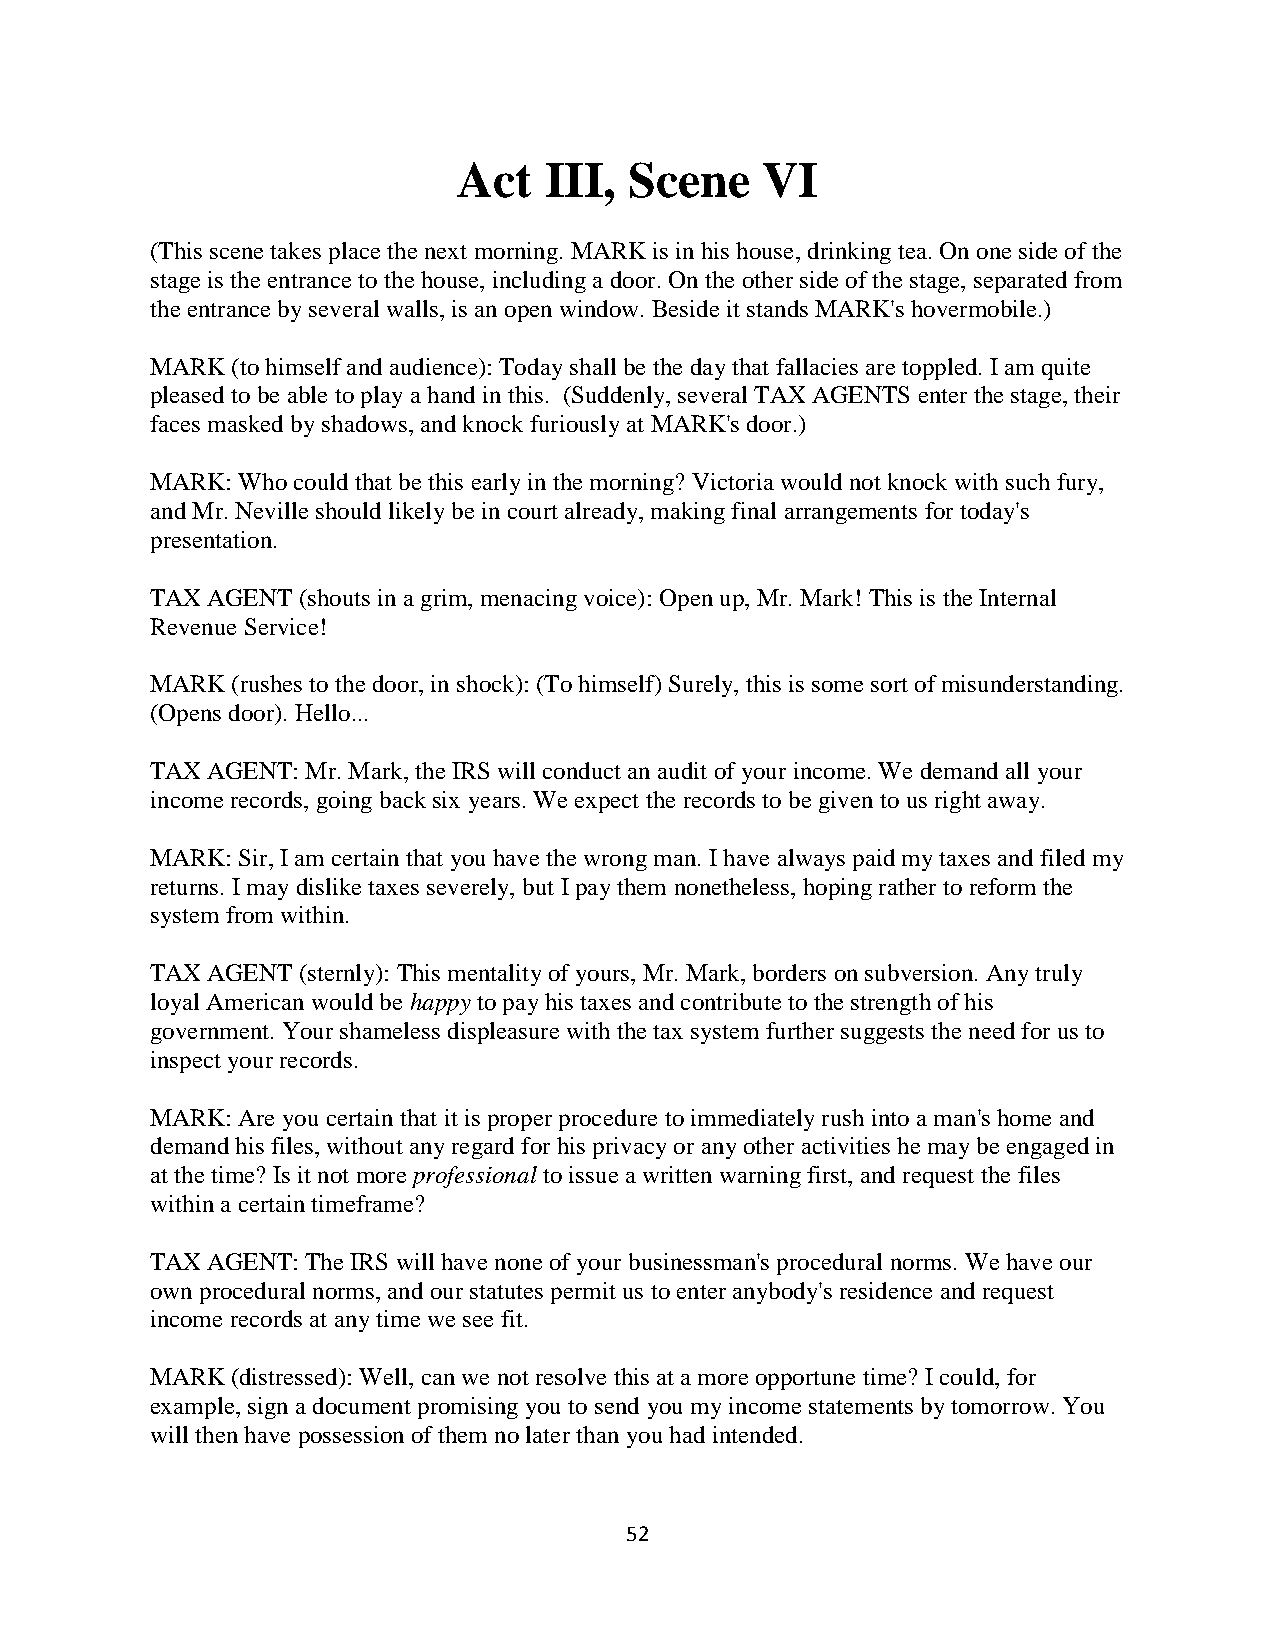
Act   III,  Scene   VI
 (This scene takes place the next morning. MARK is in his house, drinking tea. On one side of the
 stage is the entrance to the house, including a door. On the other side of the stage, separated from
 the entrance by several walls, is an open window. Beside it stands MARK's hovermobile.)
 MARK (to himself and audience): Today shall be the day that fallacies are toppled. I am quite
 pleased to be able to play a hand in this. (Suddenly, several TAX AGENTS enter the stage, their
 faces masked by shadows, and knock furiously at MARK's door.)
 MARK: Who could that be this early in the morning? Victoria would not knock with such fury,
 and Mr. Neville should likely be in court already, making final arrangements for today's
 presentation.
 TAX AGENT (shouts in a grim, menacing voice): Open up, Mr. Mark! This is the Internal
 Revenue Service!
 MARK (rushes to the door, in shock): (To himself) Surely, this is some sort of misunderstanding.
 (Opens door). Hello...
 TAX AGENT: Mr. Mark, the IRS will conduct an audit of your income. We demand all your
 income records, going back six years. We expect the records to be given to us right away.
 MARK: Sir, I am certain that you have the wrong man. I have always paid my taxes and filed my
 returns. I may dislike taxes severely, but I pay them nonetheless, hoping rather to reform the
 system from within.
 TAX AGENT (sternly): This mentality of yours, Mr. Mark, borders on subversion. Any truly
 loyal American would be happy to pay his taxes and contribute to the strength of his
 government. Your shameless displeasure with the tax system further suggests the need for us to
 inspect your records.
 MARK: Are you certain that it is proper procedure to immediately rush into a man's home and
 demand his files, without any regard for his privacy or any other activities he may be engaged in
 at the time? Is it not more professional to issue a written warning first, and request the files
 within a certain timeframe?
 TAX AGENT: The IRS will have none of your businessman's procedural norms. We have our
 own procedural norms, and our statutes permit us to enter anybody's residence and request
 income records at any time we see fit.
 MARK (distressed): Well, can we not resolve this at a more opportune time? I could, for
 example, sign a document promising you to send you my income statements by tomorrow. You
 will then have possession of them no later than you had intended.
 52